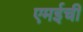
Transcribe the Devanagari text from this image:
एमईची